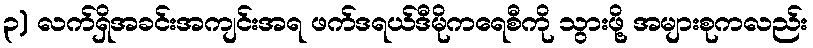
၃) လက်ရှိအခင်းအကျင်းအရ ဖက်ဒရယ်ဒီမိုကရေစီကို သွားဖို့ အများစုကလည်း